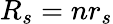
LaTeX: R_{s}=nr_{s}